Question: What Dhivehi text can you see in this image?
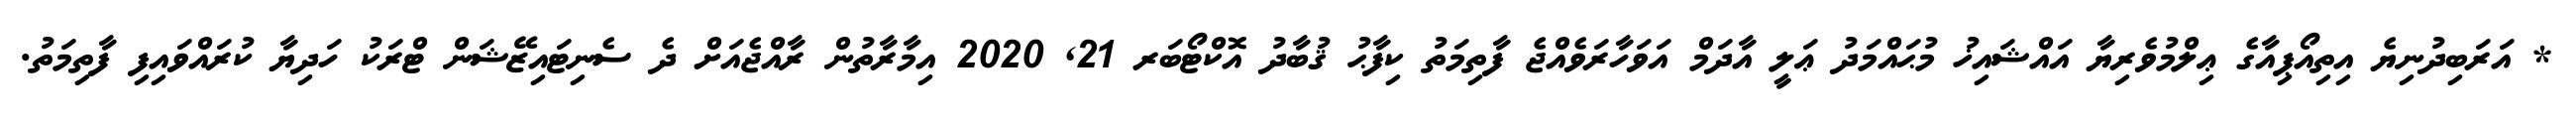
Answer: * އަރަބިދުނިޔެ އިތިއޯޕިއާގެ ޢިލްމުވެރިޔާ އައްޝައިޚު މުޙައްމަދު ޢަލީ އާދަމް އަވަހާރަވެއްޖެ ފާތިމަތު ކިފާޙު ޤުބާދު އޮކްޓޯބަރ 21, 2020 އިމާރާތުން ރާއްޖެއަށް ދެ ސެނިޓައިޒޭޝަން ޓްރަކު ހަދިޔާ ކުރައްވައިފި ފާތިމަތު.